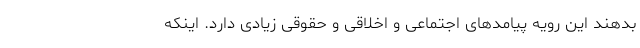
بدهند این رویه پیامدهای اجتماعی و اخلاقی و حقوقی زیادی دارد. اینکه